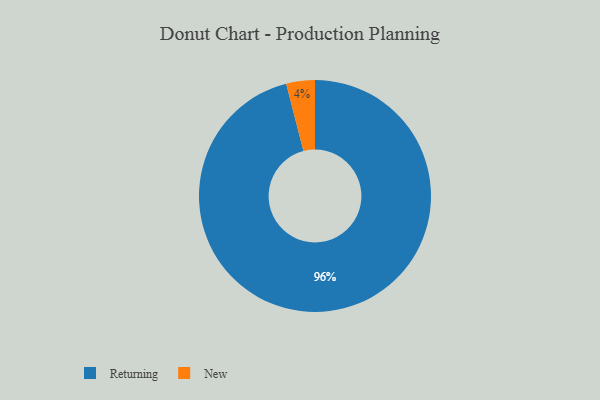
{"axis": {"x": "Category", "y": "Percentage"}, "legend": ["New", "Returning"], "data": [{"x": "Returning", "y": 96, "type": "Returning"}, {"x": "New", "y": 4, "type": "New"}]}